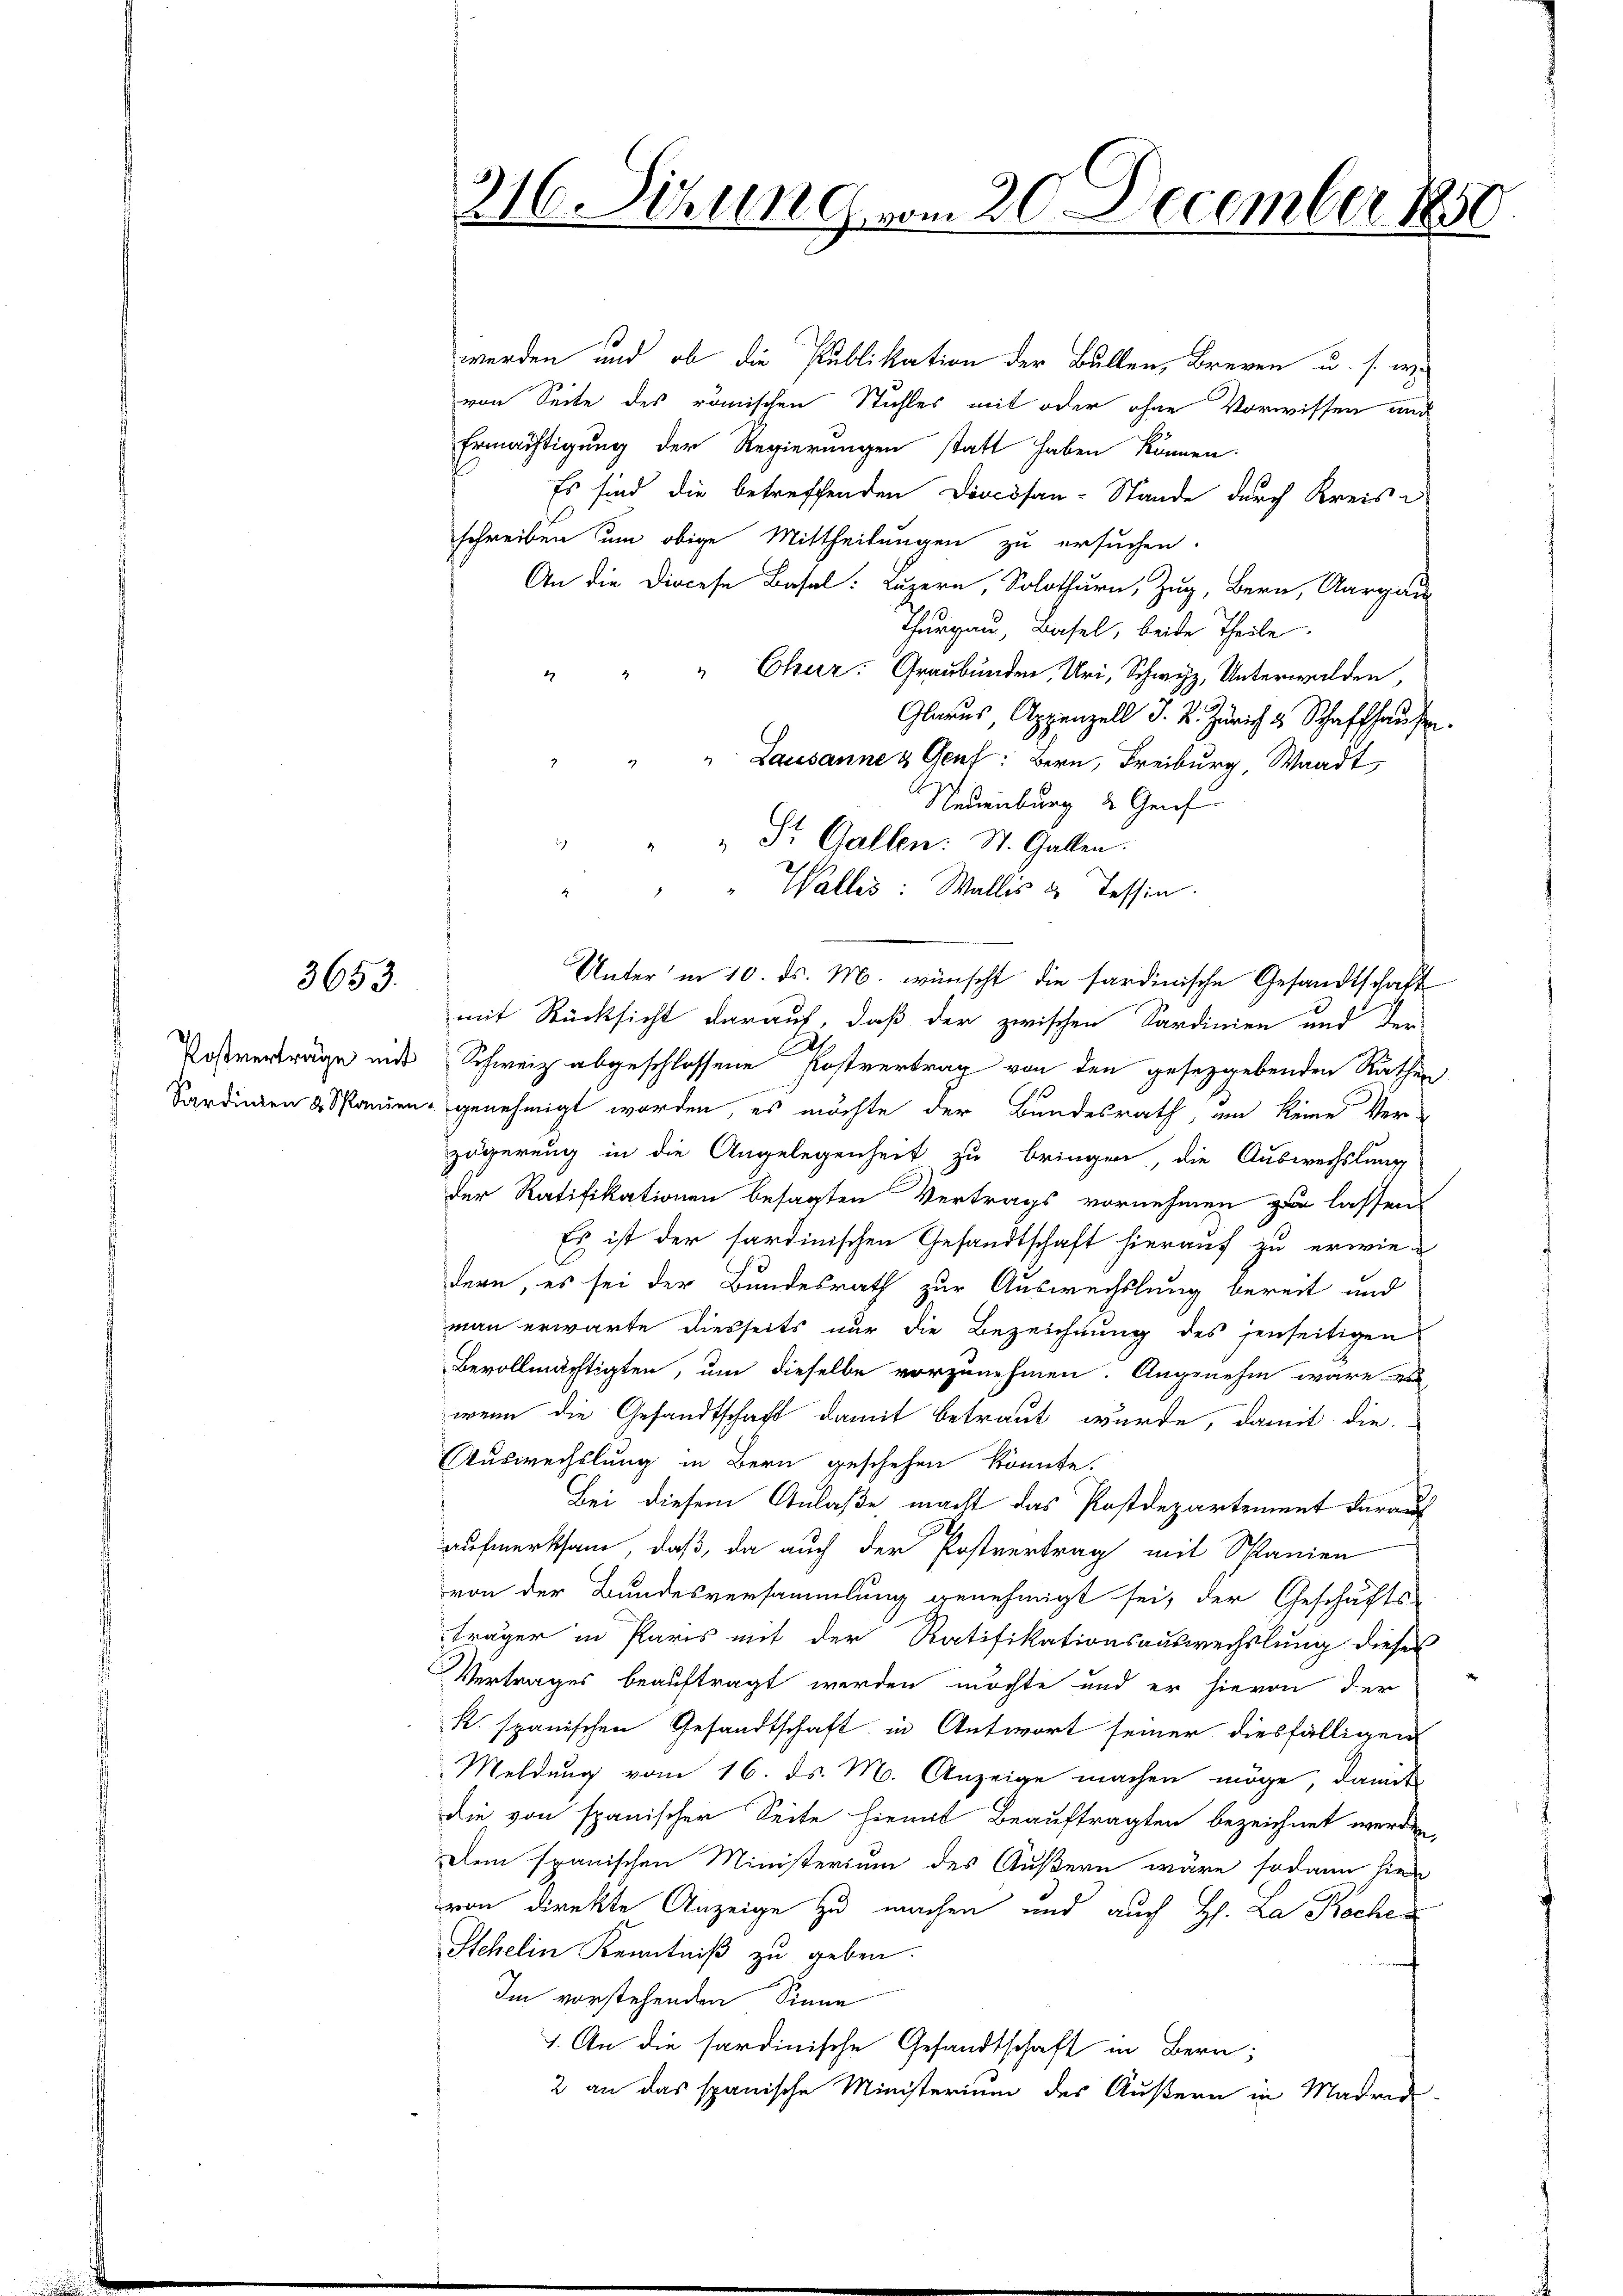
3653.

werden und ob die Publikation der Bullen, Breven u. s. w.
von Seite des römischen Stuhles mit oder ohne Vorwissen und
Ermächtigung der Regierungen statt haben können.
Es sind die betreffenden Diocösan-Stände durch Kreise
schreiben um obige Mittheilungen zu ersuchen.
An die Diocese Basel: Luzern, Solothurn, Zug, Bern, Aargau
Thurgau, Basel, beide Theile
" " " Cherz: Graubünden, Uri, Schwyz, Unterwalden,
Glarus, Appenzell I. R. Zürich & Schaffhause.
" Lausanne & Genf: Bern, Freiburg, Waadt,
Neuenburg d. Genf
" Walles: Wallis u. Tessin.
Unter in 10. ds. M. wünscht die sardinische Gesandtschaft
mit Rücksicht darauf, daß der zwischen Sardinien und der
Postverträge und Schweiz abgeschlossene Kostvertrag von den gesetzgebenden Räthen
Sardinien & Spanien genehmigt worden, es möchte der Bundesrath, um keine Ver-
zögerung in die Angelegenheit zu bringen, die Auswechslung
der Ratifikationen besagten Vertrags vornehmen zu lassen.
Es ist der sardinischen Gesandtschaft hierauf zu erwiedern, es sei der Bundesrath zur Auswechslung bereit und
man erwarte diesseits nur die Bezeichnung des jenseitigen
Bevollmächtigten, um dieselbe vorzunehmen. Angenehm wäre zu
wenn die Gesandtschaft damit betraut wurde, damit die
Auswechslung in Bern geschehen könnte.
Bei diesem Anlaße macht das Postdepartement darauf
aufmerksam, daß, da auch der Postvertrag mit Spanien
von der Bundesversammlung genehmigt sei, der Geschäfts-
träger in Paris mit der Ratifikationsauswechslung dieses
Vertrages beauftragt werden möchte und er hievon der
R. spanischen Gesandtschaft in Antwort seiner diesfälligen
Meldung vom 16. ds. M. Anzeige machen möge, damit
die von spanischer Seite hiemit Beauftragten bezeichnet werden,
Dem spanischen Ministerium des Äußern wäre sodann hier
von direkte Anzeige zu machen und auch H. La Roche
Stehelin Kenntniß zu geben.
Im vorstehenden Sinne
1. An die sardinische Gesandtschaft in Bern,
2 an das spanische Ministerium des Äußern in Madrid-

316. Sizung vom 20. December 1850

„ St. Gallen: St. Gallen.
.